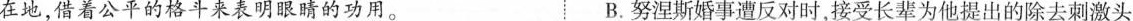
在地，借着公平的格斗来表明眼睛的功用。B.努涅斯婚事遭反对时，接受长辈为他提出的除去刺激头